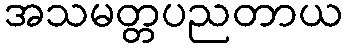
အသမတ္တပညတာယ